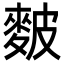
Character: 麬